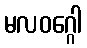
မလဝဂ္ဂေါ